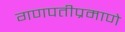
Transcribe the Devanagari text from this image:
गणपतीप्रमाणे